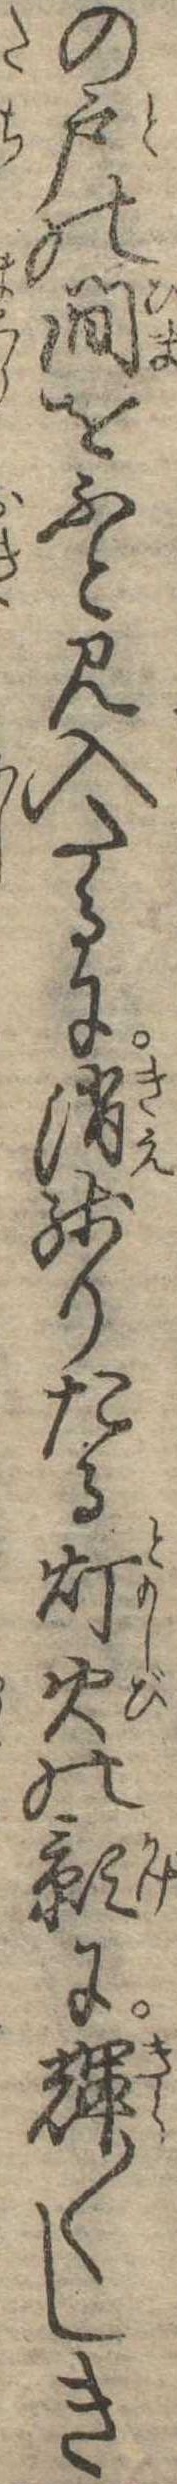
の戸の間をふと見入たるに消残りたる灯火の影に輝〱しき